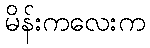
မိန်းကလေးက